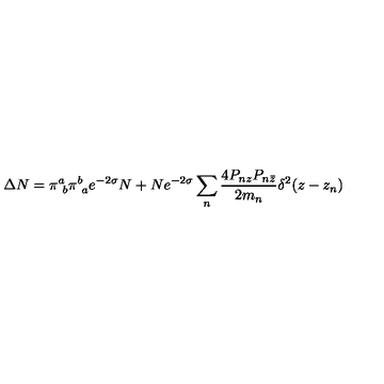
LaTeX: \Delta N = \pi _ { \ b } ^ { a } \pi _ { \ a } ^ { b } e ^ { - 2 \sigma } N + N e ^ { - 2 \sigma } \sum _ { n } \frac { 4 P _ { n z } P _ { n \bar { z } } } { 2 m _ { n } } \delta ^ { 2 } ( z - z _ { n } )